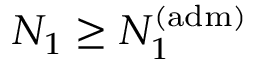
N _ { 1 } \geq N _ { 1 } ^ { ( \mathrm { a d m } ) }